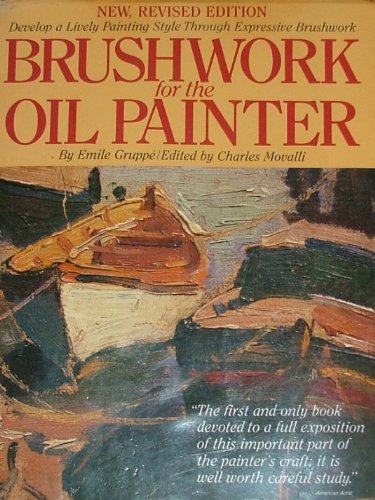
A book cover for Brushwork for the Oil Painter; Emile A. Gruppe; Arts & Photography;